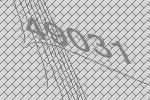
49031